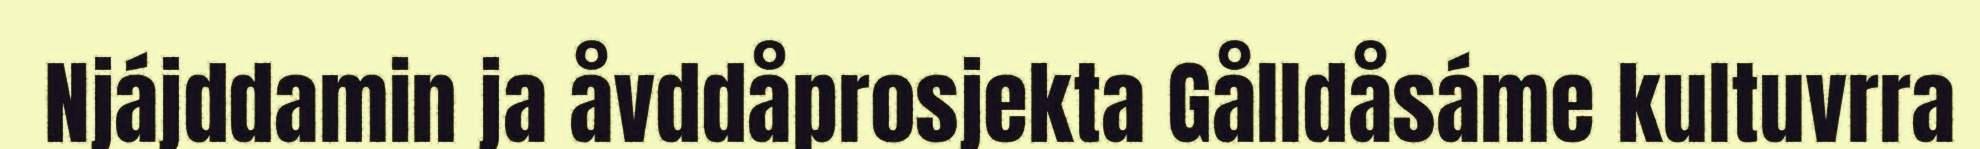
Njájddamin ja åvddåprosjekta Gålldåsáme kultuvrra